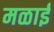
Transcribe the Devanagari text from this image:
मळाई